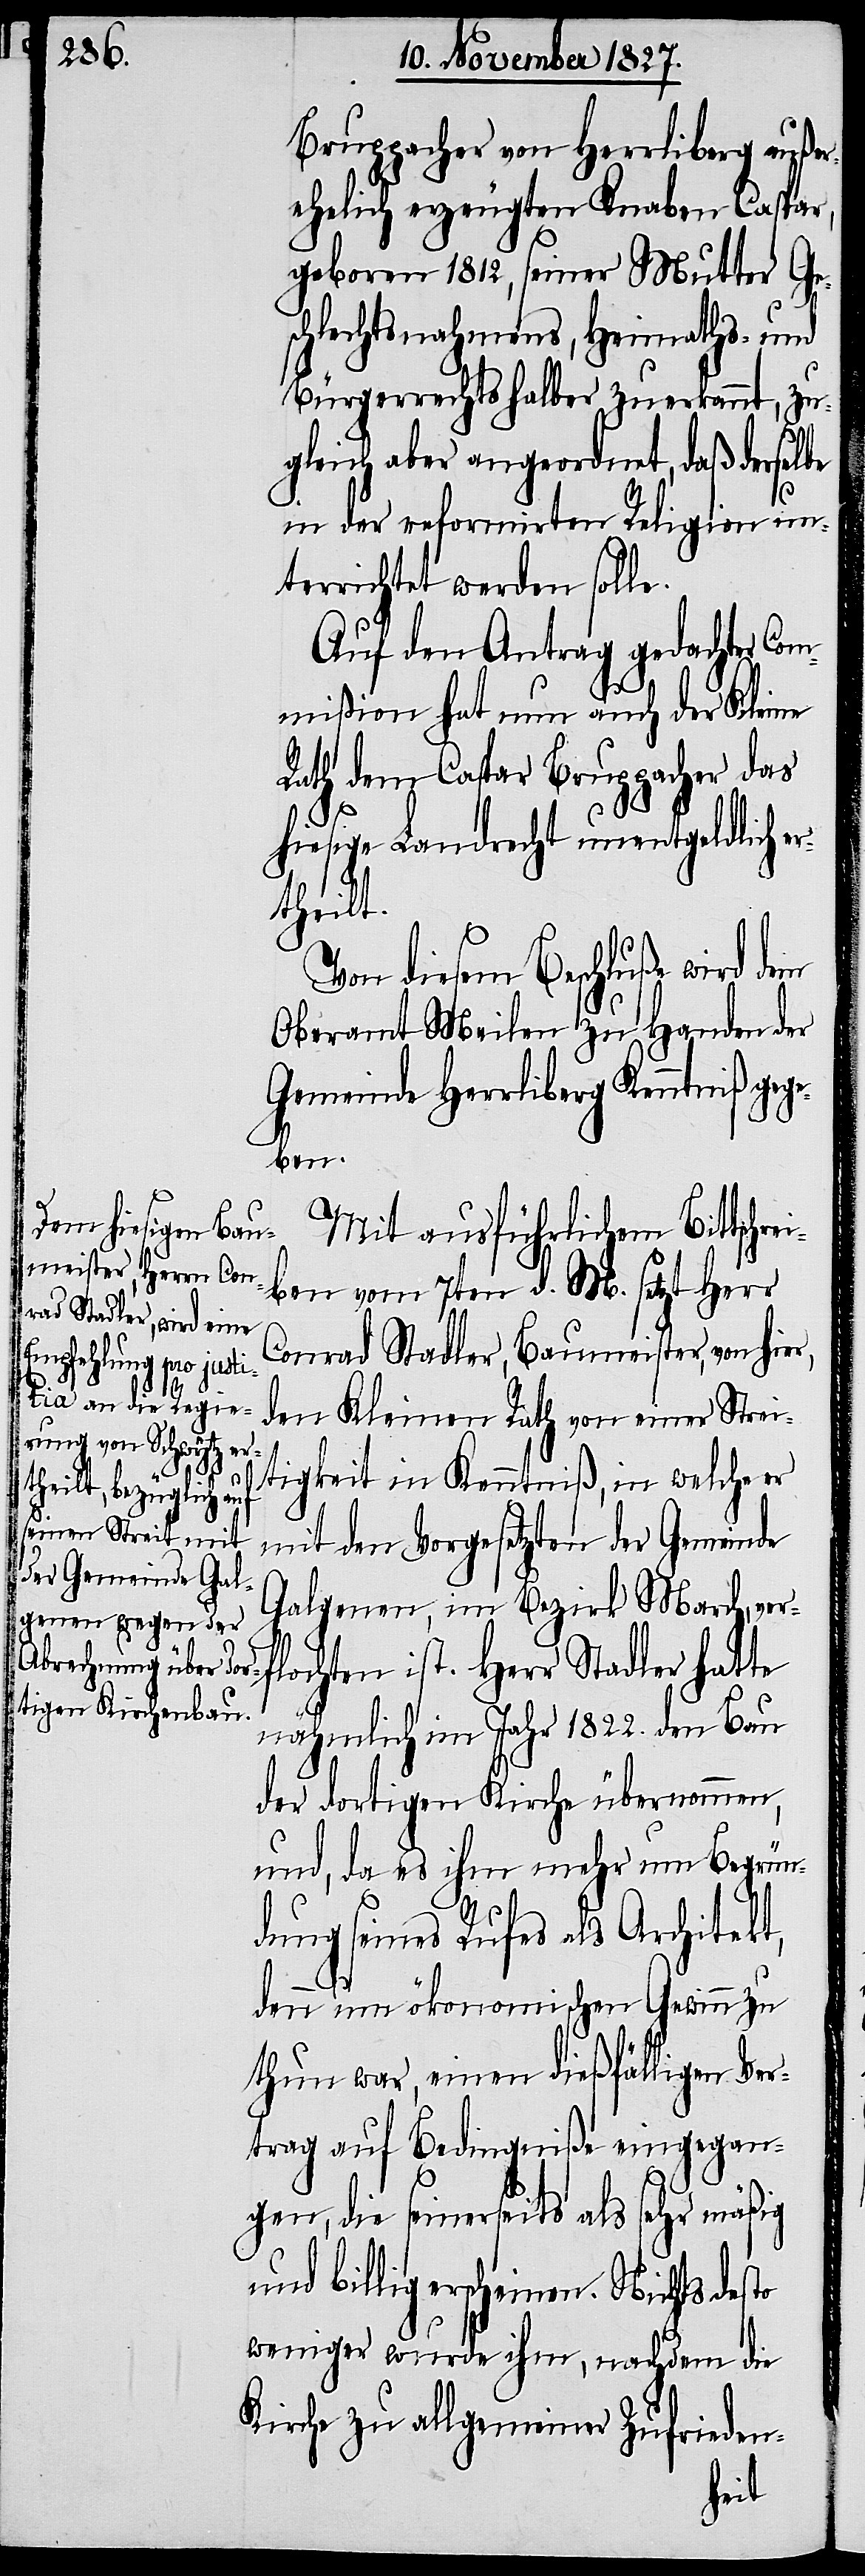
Bruppacher von Herrliberg außer¬
ehelich erzeugten Knaben Caspar,
geboren 1812, seiner Mutter Ge¬
schlechtsnahmens, Heimaths, und
Bürgerrechtshalber zuerkannt, zu¬
gleich aber angeordnet, daß derselbe
in der reformirten Religion un¬
terrichtet werden solle.
Auf den Antrag gedachter Com¬
mißion hat nun auch der Kleine
Rath dem Caspar Bruppacher das
hiesige Landrecht unentgeldlich e¬
rtheilt.
Von diesem Beschluße wird dem
Oberamt Meilen zu Handen der
Gemeinde Herrliberg Kenntniß gege¬
ben.
Mit ausführlichem Bittschre¬
iben vom 7ten d. M. setzt Herr
Conrad Stadler, Baumeister, von hier,
den Kleinen Rathe von einer Strei¬
tigkeit in Kenntniß, in welche er
mit den Vorgesetzten der Gemeinde
Galgenen, im Bezirk March, ver¬
flochten ist. Herr Stadler hatte
nämlich im Jahr 1822. den Bau
der dortigen Kirche übernommen,
und, da es ihm mehr um Begrün¬
dung seines Rufes als Architekt,
denn um ökonomischen Gewinn zu
thun war, einen dießfälligen Ver¬
trag auf Bedingniße eingegan¬
gen, die seinerseits als sehr mäßig
und billig erscheinen. Nichts desto
weniger wurde ihm, nachdem die
Kirche zu allgemeiner Zufrieden-